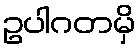
ဥပါဂတမှိ